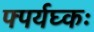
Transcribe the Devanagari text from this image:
फ्पर्यघ्कः